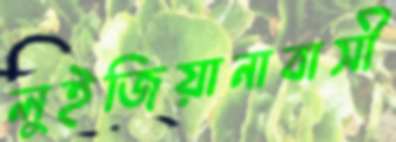
লুইজিয়ানাবাসী